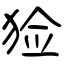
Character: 猃